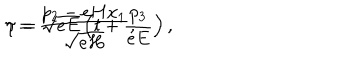
\eta = \frac { p _ { 2 } - e H x _ { 1 } } { \sqrt { e H } } , \hspace { 0 . 5 i n } \tau = \sqrt { e E } \left( t + \frac { p _ { 3 } } { e E } \right) ,